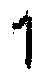
1